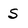
Character: S